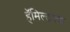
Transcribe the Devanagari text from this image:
हॅमिल्टनचा